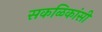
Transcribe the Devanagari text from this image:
सकळिकांसी